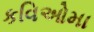
કવિઓમા